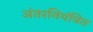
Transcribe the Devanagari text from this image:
अंतरनियंत्रित